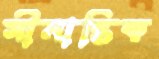
সীমান্তিক